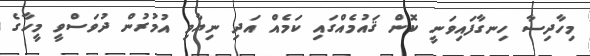
މިހާދިސާ ހިނގާފައިވަނީ ކޮން ޤައުމެއްގައި ކަމެއް އަދި ނިޔާވި އުމުރުން ދުވަސްވީ މީހާގެ